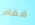
فقام